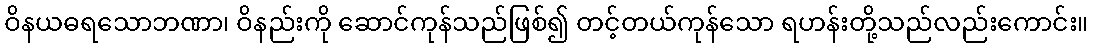
ဝိနယဓရသောဘဏာ၊ ဝိနည်းကို ဆောင်ကုန်သည်ဖြစ်၍ တင့်တယ်ကုန်သော ရဟန်းတို့သည်လည်းကောင်း။